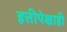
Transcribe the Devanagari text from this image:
हत्तीपेक्षाही